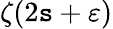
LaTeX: \zeta(2\mathtt{s}+\varepsilon)